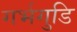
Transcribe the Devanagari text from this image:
गर्भगुडि